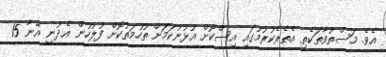
އެވެ. މަސްތުވާތަކެތި އެތެރެކުރުމުގައި އިސްކޮށް އުޅުނުކަމަށް ތުހުމަތުކޮށް ފުލުހުން އެދުނީ އޭނާ 15